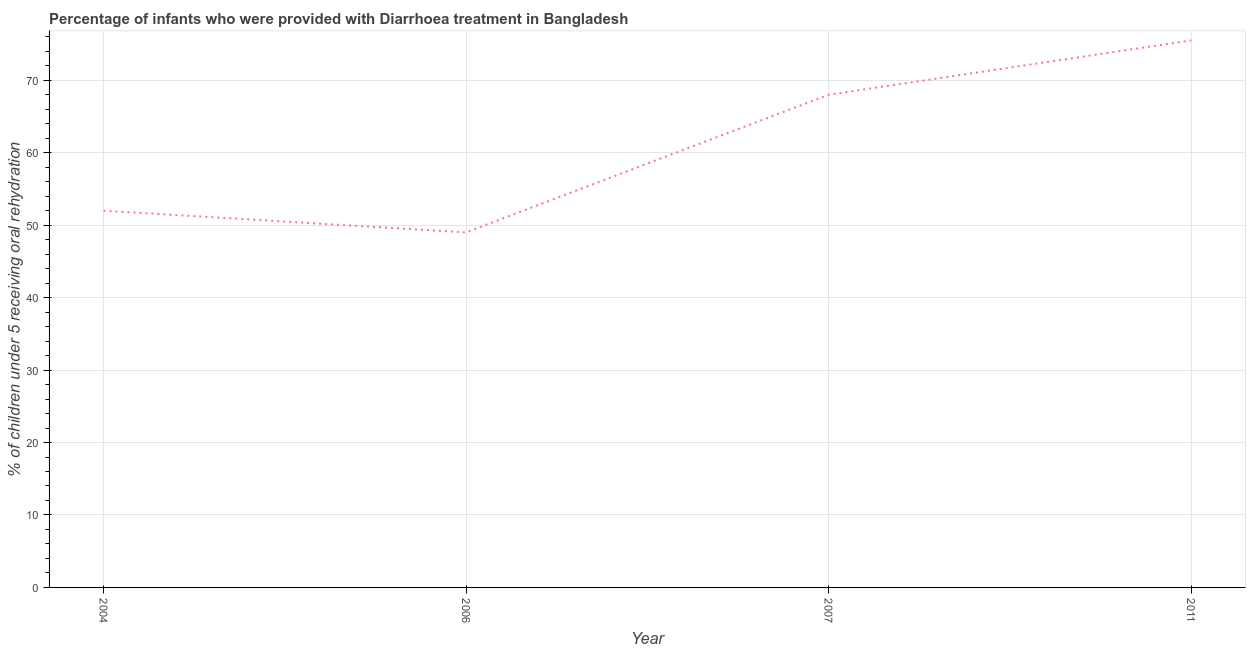
| Year | Diarrhea treatment |
 | --- | --- |
 | 2004 | 52 |
 | 2006 | 49 |
 | 2007 | 68 |
 | 2011 | 75.5 |